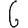
Digit: 6